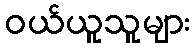
ဝယ်ယူသူများ